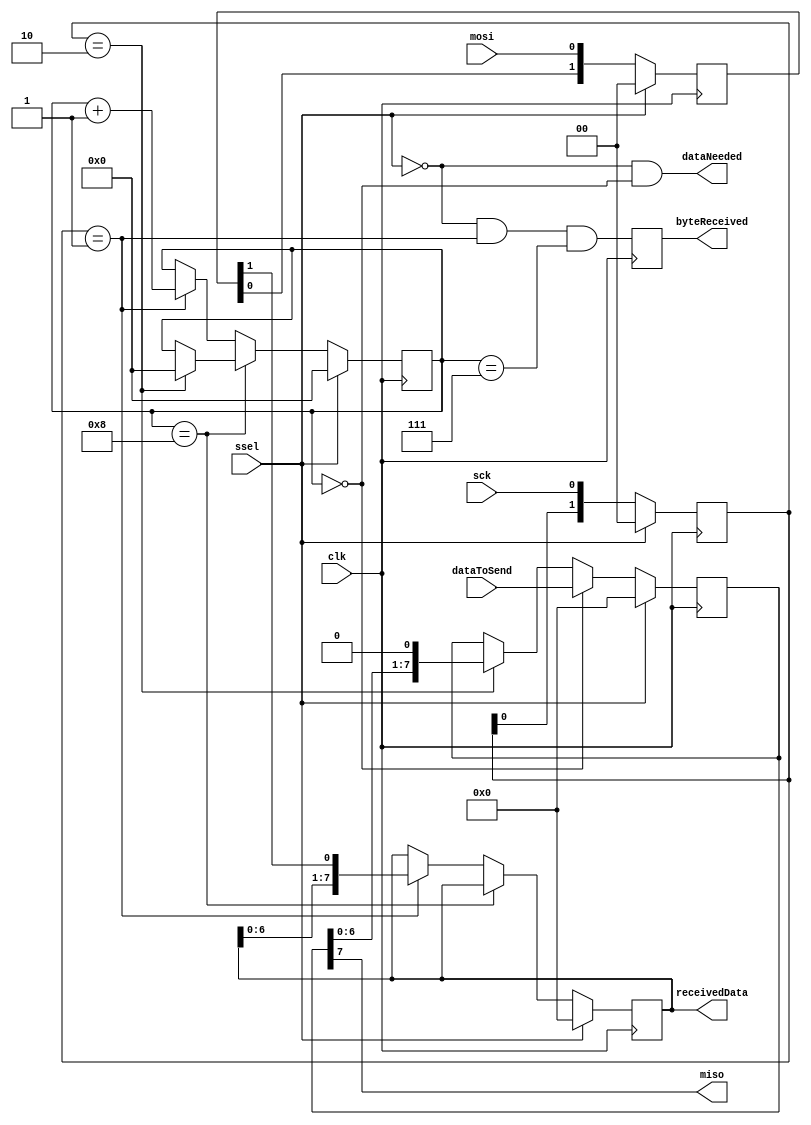
`timescale 1ns / 1ps

module SPI_slave(clk, sck, mosi, miso, ssel, byteReceived, receivedData, dataNeeded, dataToSend);
  input wire clk;
  input wire sck;
  input wire mosi;
  output wire miso;
  input wire ssel;
  output reg byteReceived = 1'b0;
  output reg[7:0] receivedData = 8'b00000000;
  output wire dataNeeded;
  input wire[7:0] dataToSend;

  reg[1:0] sckr;
  reg[1:0] mosir;
  reg[3:0] bitcnt; // SPI is 8-bits, so we need a 3 bits counter to count the bits as they come in
  reg[7:0] dataToSendBuffer;

  wire ssel_active = ~ssel;

  always @(posedge clk) begin
    if(~ssel_active)
      sckr <= 2'b00;
    else
      sckr <= { sckr[0], sck };
  end
  wire sck_risingEdge = (sckr == 2'b01);
  wire sck_fallingEdge = (sckr == 2'b10);
        
  always @(posedge clk) begin
    if(~ssel_active)
      mosir <= 2'b00;
    else
      mosir <= { mosir[0], mosi };
  end
  wire mosi_data = mosir[1];
  
  always @(posedge clk) begin
    if(~ssel_active) begin
      bitcnt <= 4'b0000;
      receivedData <= 8'h00;
    end else if (bitcnt == 4'h8) begin
		if (sck_fallingEdge)
			bitcnt <= 4'h0;
	end
    else if(sck_risingEdge) begin
      bitcnt <= bitcnt + 4'b0001;
      receivedData <= { receivedData[6:0], mosi_data };
    end
  end
  
  always @(posedge clk)
    byteReceived <= ssel_active && sck_risingEdge && (bitcnt == 4'h7);

  always @(posedge clk) begin
    if(~ssel_active)
      dataToSendBuffer <= 8'h00;
    else if(bitcnt == 4'b0000)
      dataToSendBuffer <= dataToSend;
    else if(sck_fallingEdge)
      dataToSendBuffer <= { dataToSendBuffer[6:0], 1'b0};
  end
    
  assign dataNeeded = ssel_active && (bitcnt == 4'b0000);
  assign miso = dataToSendBuffer[7];
endmodule